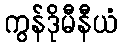
ကွန်ဒိုမီနီယံ